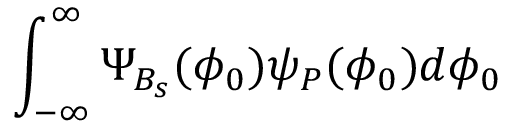
\int _ { - \infty } ^ { \infty } \Psi _ { B _ { s } } ( \phi _ { 0 } ) \psi _ { P } ( \phi _ { 0 } ) d \phi _ { 0 }